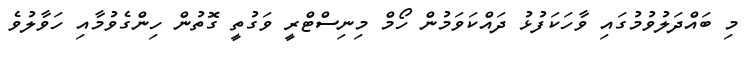
މި ބައްދަލުވުމުގައި ވާހަކަފުޅު ދައްކަވަމުން ހޯމް މިނިސްޓްރީ ވަގުތީ ގޮތުން ހިންގެވުމާއި ހަވާލުވެ